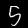
Label: 5